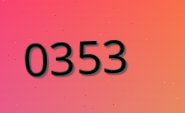
0353